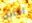
اقابل